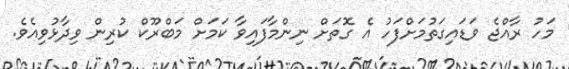
މަހު ރާއްޖެ ވަޑައިގަތުމަށްފަހު އެ ގޮތަށް ނިންމާފައިވާ ކަމަށް މަބްރޫކް ކުރިން ވިދާޅުވިއެވެ.